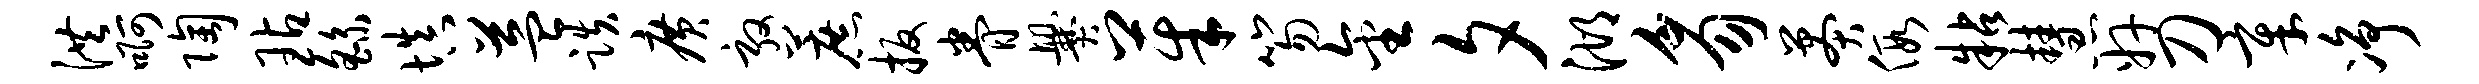
洪啊陶玷繇填益跌广敦蔗扳眷爨茱笏金夕湖豸莽假粘慧奸刀章净